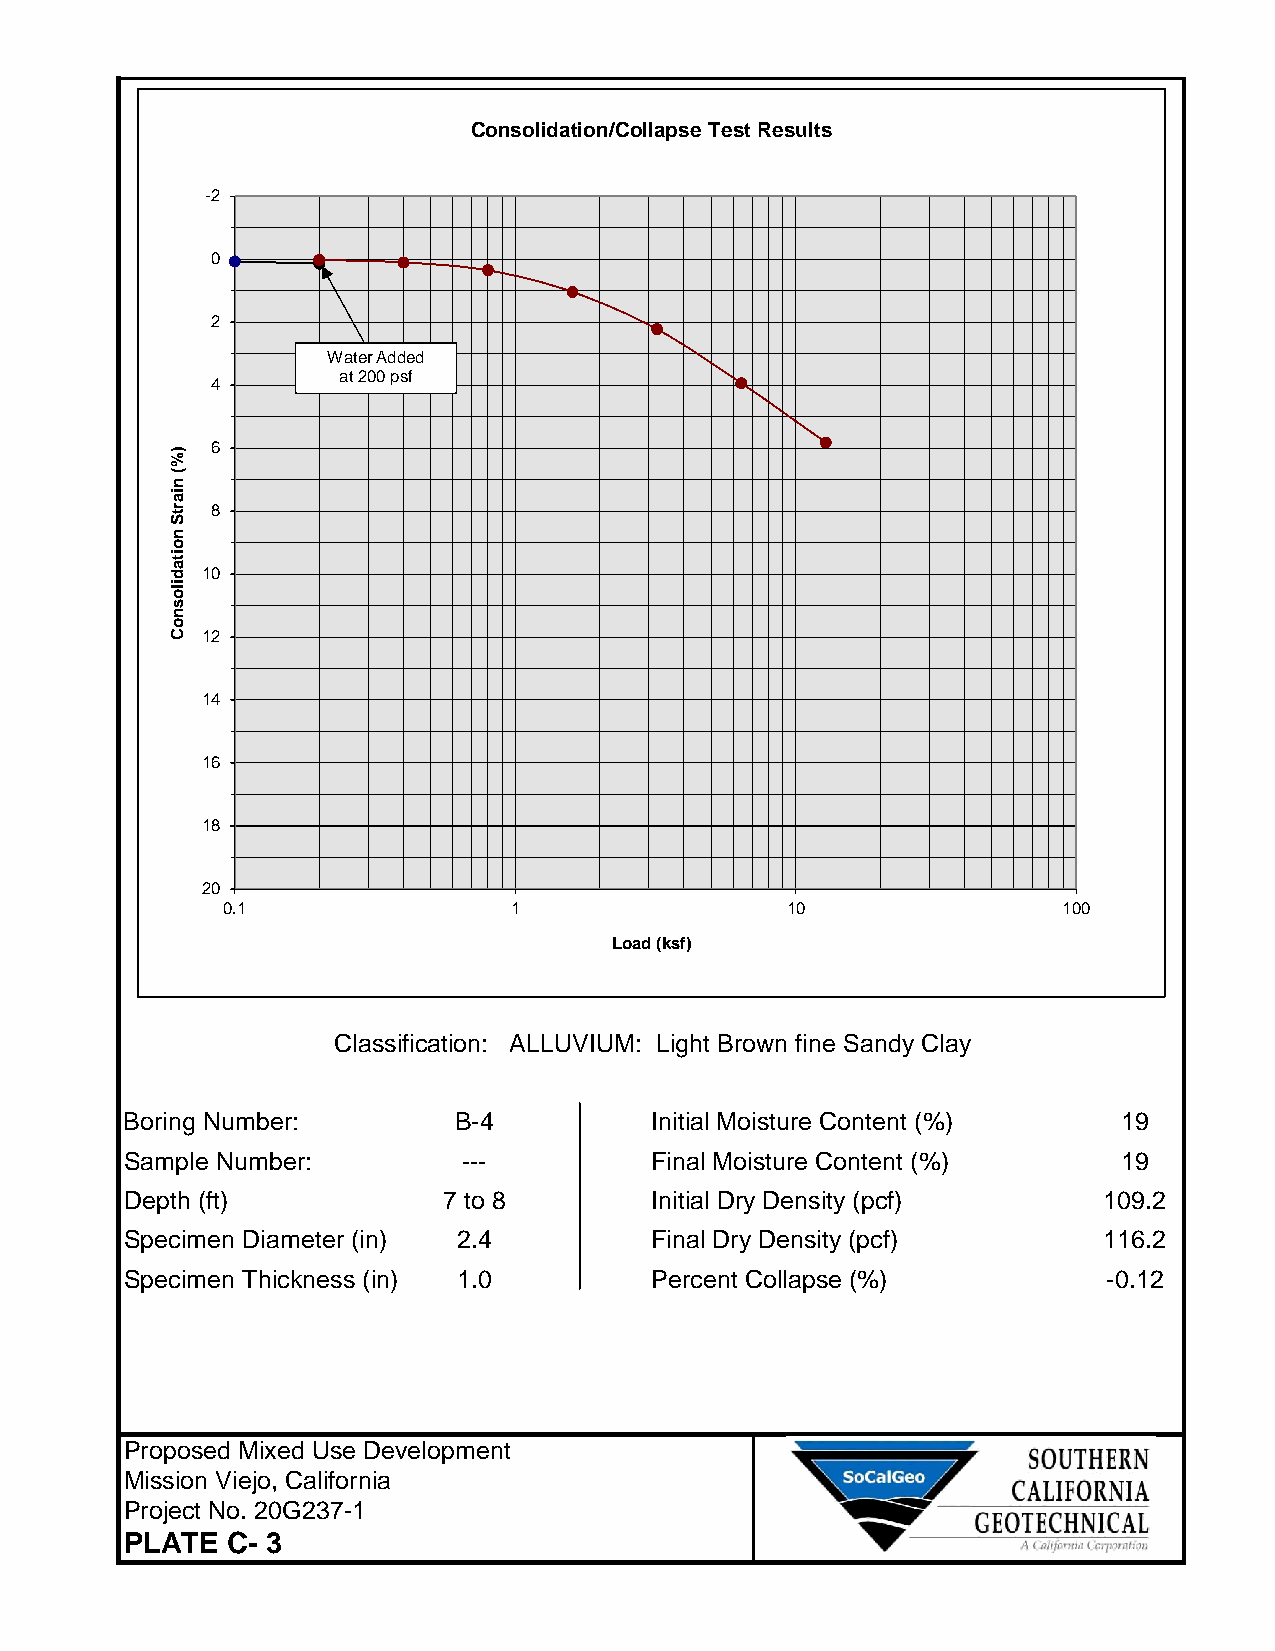
Consolidation/CollapseTestResults
 -2
 0
 2
 WaterAdded
 at200psf
 4
 6
 8
 10
 12
 14
 16
 18
 20
 0.1                1                 10                100
 Load(ksf)
 Classification: ALLUVIUM: Light Brown fine Sandy Clay
 Boring Number:        B-4          Initial Moisture Content (%)   19
 Sample Number:         ---         Final Moisture Content (%)     19
 Depth (ft)           7 to 8        Initial Dry Density (pcf)     109.2
 Specimen Diameter (in) 2.4         Final Dry Density (pcf)       116.2
 Specimen Thickness (in) 1.0        Percent Collapse (%)          -0.12
 Proposed Mixed Use Development
 Mission Viejo, California
 Project No. 20G237-1
 PLATE  C- 3
 )%(niartSnoitadilosnoC